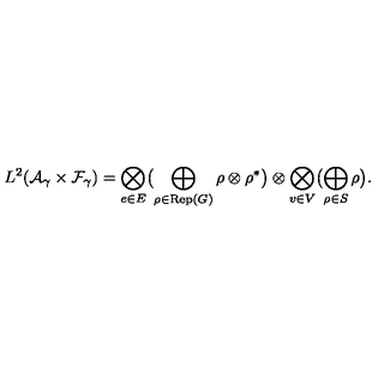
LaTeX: L ^ { 2 } ( { \cal A } _ { \gamma } \times { \cal F } _ { \gamma } ) = \bigotimes _ { e \in E } \bigl ( \bigoplus _ { \rho \in \mathrm { R e p } ( G ) } \rho \otimes \rho ^ { * } \bigr ) \otimes \bigotimes _ { v \in V } \bigl ( \bigoplus _ { \rho \in S } \rho \bigr ) .